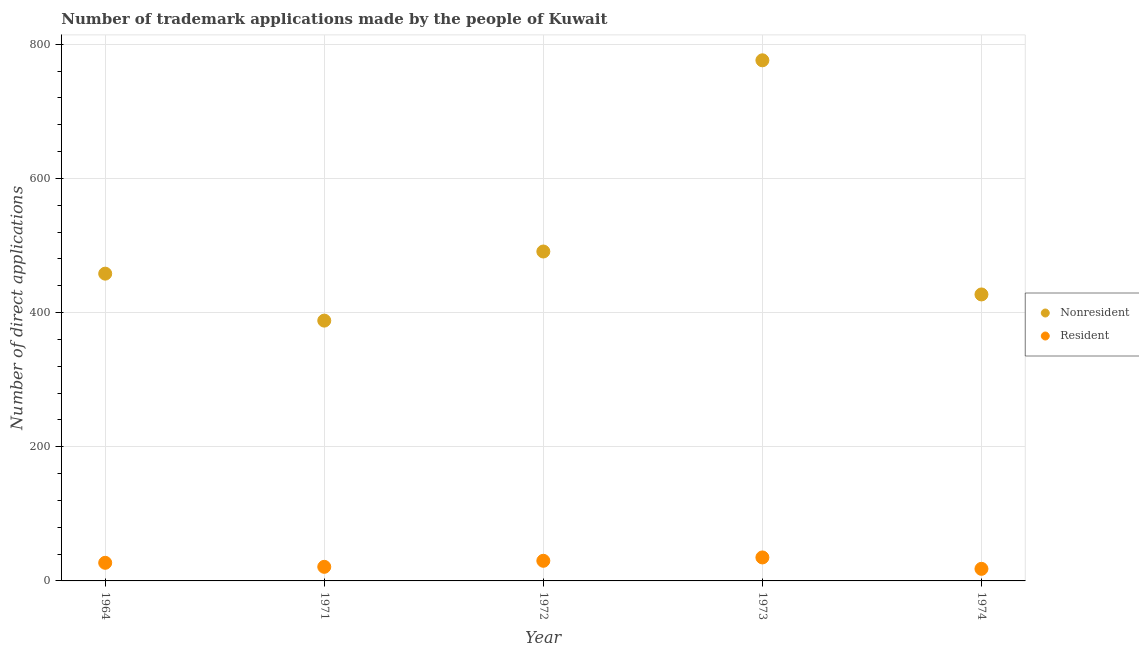
| Year | Nonresident | Resident |
 | --- | --- | --- |
 | 1964 | 458 | 27 |
 | 1971 | 388 | 21 |
 | 1972 | 491 | 30 |
 | 1973 | 776 | 35 |
 | 1974 | 427 | 18 |